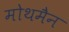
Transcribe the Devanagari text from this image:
मोथमैन